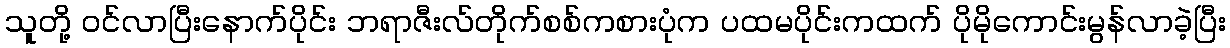
သူတို့ ဝင်လာပြီးနောက်ပိုင်း ဘရာဇီးလ်တိုက်စစ်ကစားပုံက ပထမပိုင်းကထက် ပိုမိုကောင်းမွန်လာခဲ့ပြီး